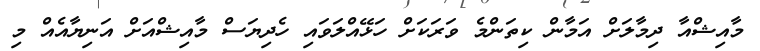
މާއިޝްއާ ދިމާލަށް އަމާން ކިތަންމެ ވަރަކަށް ހަޅޭއްލަވައި ހެދިޔަސް މާއިޝްއަށް އަނިޔާއެއް މި